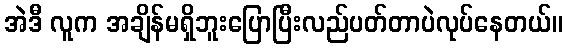
အဲဒီ လူက အချိန်မရှိဘူးပြောပြီးလည်ပတ်တာပဲလုပ်နေတယ်။